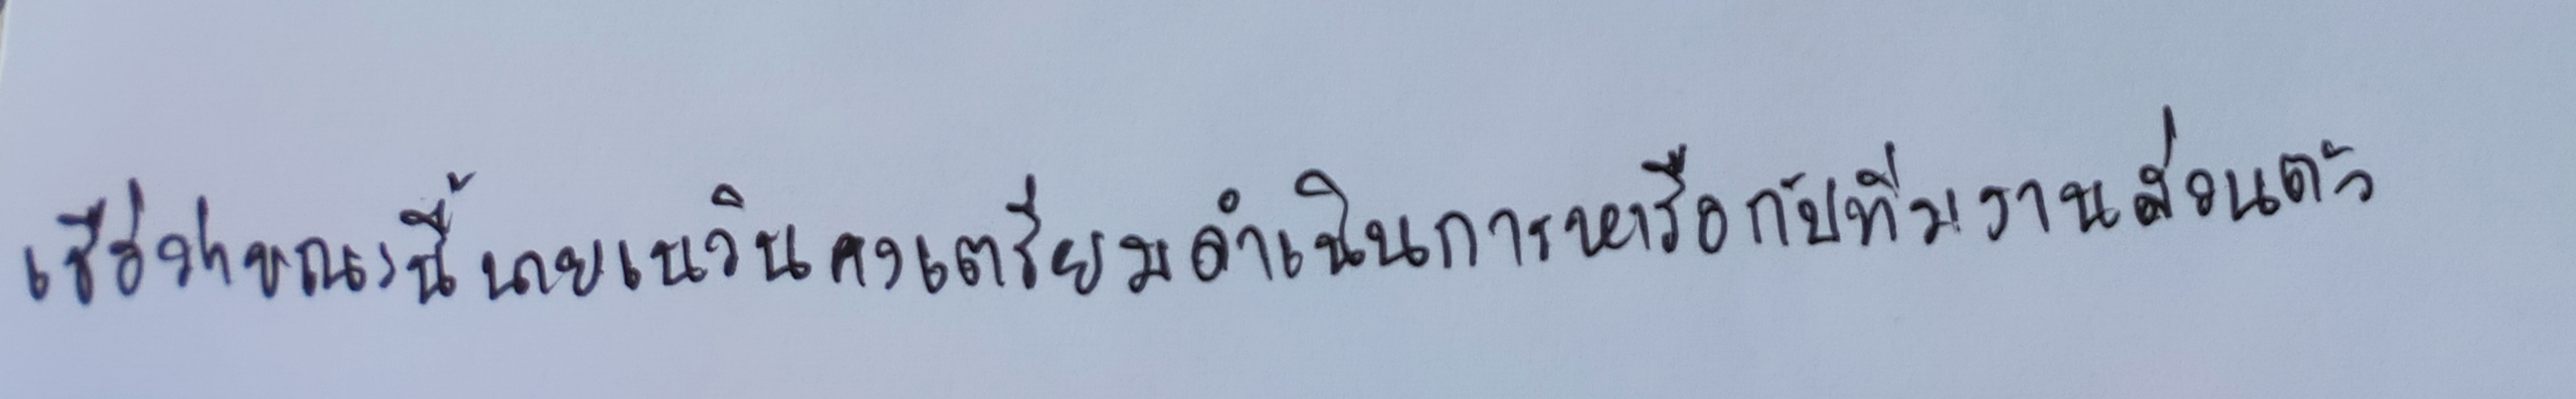
เชื่อว่าขณะนี้นายเนวินคงเตรียมดำเนินการหารือกับทีมงานส่วนตัว